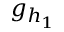
g _ { h _ { 1 } }